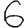
Digit: 6